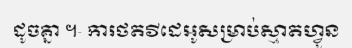
ដូចគ្នា ។- ការថតវីដេអូសម្រាប់ស្មាតហ្វូន